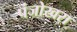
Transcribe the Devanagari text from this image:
पंजोखरा